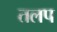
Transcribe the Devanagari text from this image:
तलप